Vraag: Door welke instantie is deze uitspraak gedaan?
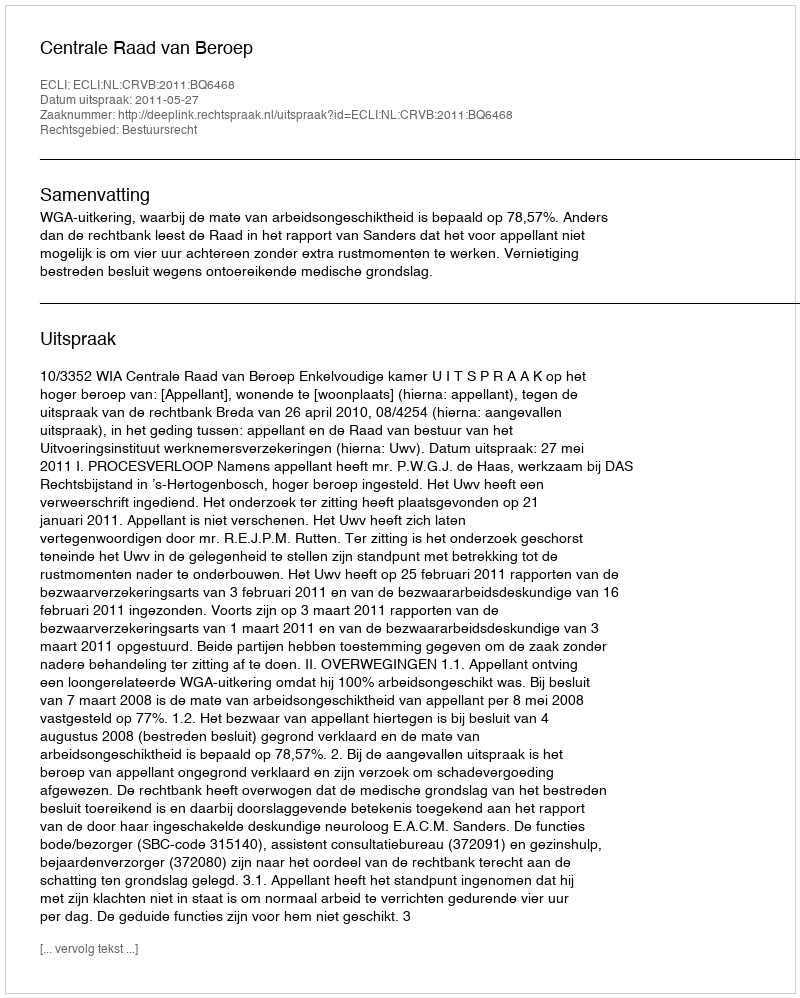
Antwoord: Centrale Raad van Beroep